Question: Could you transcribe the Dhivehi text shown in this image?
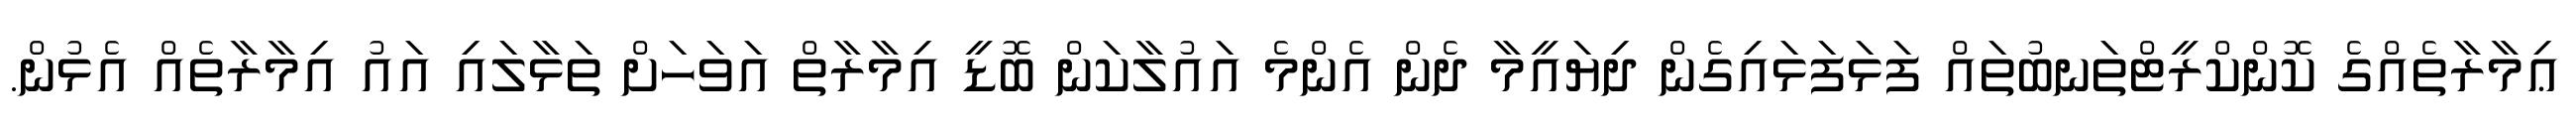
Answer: ޢިމާރާތެއްގެ ކޮންކްރީޓްތަނބުތައް ފަޅަފަޅައިގެން ދިޔައީމާ ދެން އެންމެ އައުލާކަން ބޮޑީ އިމާރާތް އަވަހަށް ތަޅާލައި އައު އިމާރާތެއް އެޅުން.